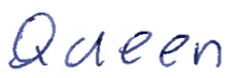
Text: Queen
Cross-out: clean
Writing tool: ballpoint